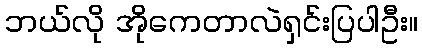
ဘယ်လို အိုကေတာလဲရှင်းပြပါဦး။